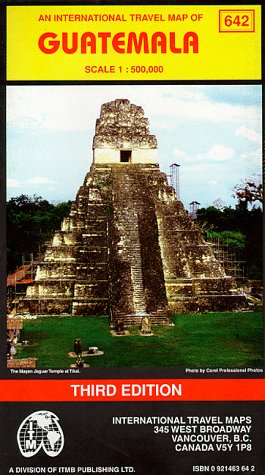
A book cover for Guatemala Travel Reference Map; Jack Joyce; Travel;